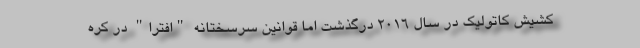
کشیش کاتولیک در سال 2016 درگذشت اما قوانین سرسختانه "افترا" در کره